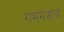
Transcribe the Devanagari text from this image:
राममंत्राचे